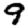
Digit: 9